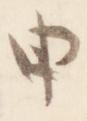
申